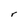
Character: r